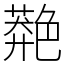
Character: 䒎